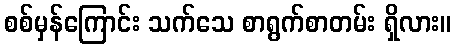
စစ်မှန်ကြောင်း သက်သေ စာရွက်စာတမ်း ရှိလား။